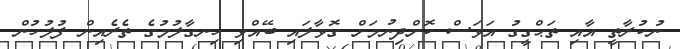
ނުކުރާތީ އާއި ތަޙްގީގު އަވަސް ކޮށްދިނުމަށް ގޮވާލައި ބޭއްވި ހިނގާލުމުގެ ތެރެއިން ފުލުހުން